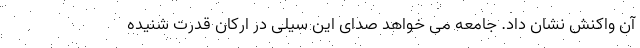
آن واکنش نشان داد. جامعه می خواهد صدای این سیلی در ارکان قدرت شنیده